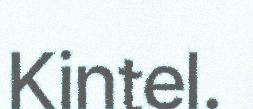
Kintel.